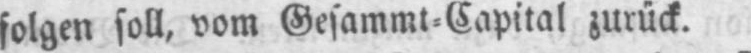
folgen soll, vom Gesammt⸗Capital zurück.